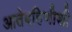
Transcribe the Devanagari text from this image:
आतेबहिणीशी